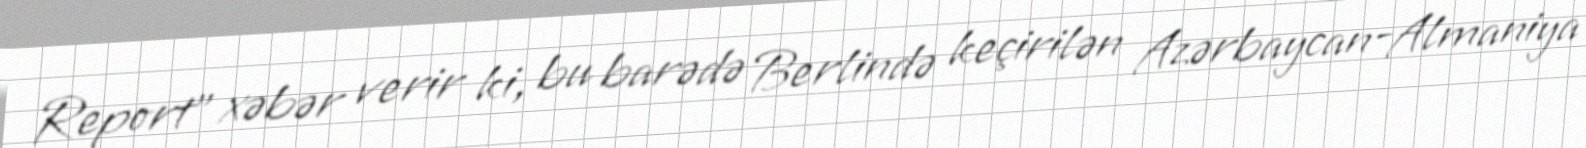
Report" xəbər verir ki, bu barədə Berlində keçirilən Azərbaycan-Almaniya